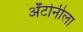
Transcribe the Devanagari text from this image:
अँटोनीला